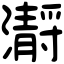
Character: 𤂅